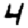
Digit: 4